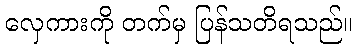
လှေကားကို တက်မှ ပြန်သတိရသည်။